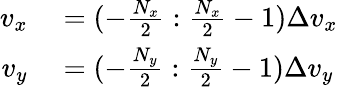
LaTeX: \begin{array}{rl}{v_{x}}&{{}=(-\frac{N_{x}}{2}:\frac{N_{x}}{2}-1)\Delta v_{x}}\\ {v_{y}}&{{}=(-\frac{N_{y}}{2}:\frac{N_{y}}{2}-1)\Delta v_{y}}\end{array}